Report of the Indian Hemp Drugs Commission, 1894-1895 - Volume VII
Year: 1894
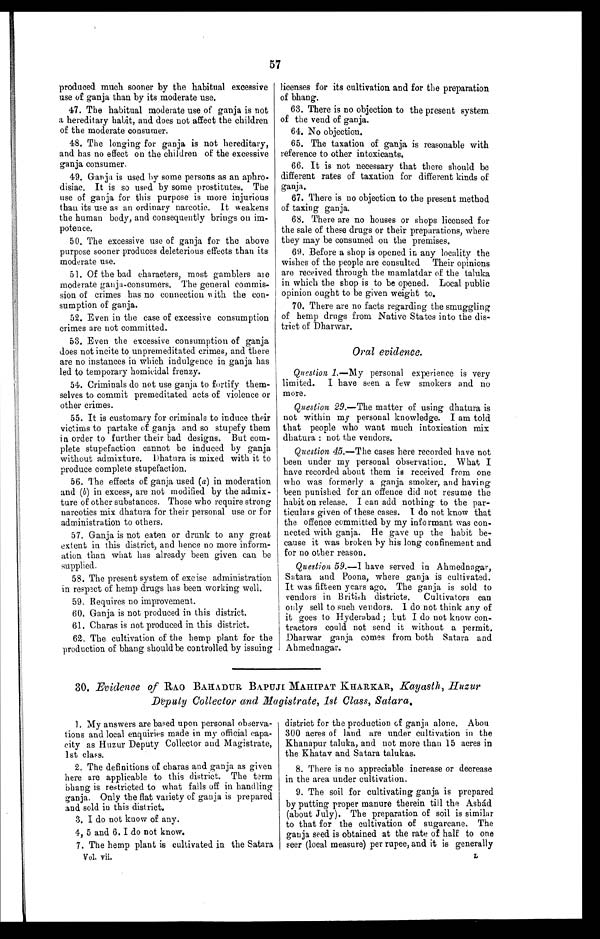
57
produced much sooner by the habitual excessive
use of ganja than by its moderate use.
47. The habitual moderate use of ganja is not
a hereditary habit, and does not affect the children
of the moderate consumer.
48. The longing for ganja is not hereditary,
and has no effect on the children of the excessive
ganja consumer.
49. Ganja is used by some persons as an aphro
-
disiac. It is so used by some prostitutes. The
use of ganja for this purpose is more injurious
than its use as an ordinary narcotic. It weakens
the human body, and consequently brings on im
-
potence.
50. The excessive use of ganja for the above
purpose sooner produces deleterious effects than its
moderate use.
51. Of the bad characters, most gamblers are
moderate ganja-consumers. The general commis
-
sion of crimes has no connection with the con
-
sumption of ganja.
52. Even in the case of excessive consumption
crimes are not committed.
53. Even the excessive consumption of ganja
does not incite to unpremeditated crimes, and there
are no instances in which indulgence in ganja has
led to temporary homicidal frenzy.
54. Criminals do not use ganja to fortify them
-
selves to commit premeditated acts of violence or
other crimes.
55. It is customary for criminals to induce their
victims to partake of ganja and so stupefy them
in order to further their bad designs. But com
-
plete stupefaction cannot be induced by ganja
without admixture. Dhatura is mixed with it to
produce complete stupefaction.
56. The effects of ganja used ( a ) in moderation
and ( b) in excess, are not modified by the admix
-
ture of other substances. Those who require strong
narcotics mix dhatura for their personal use or for
administration to others.
57. Ganja is not eaten or drunk to any great
extent in this district, and hence no more inform
-
ation than what has already been given can be
supplied.
58. The present system of excise administration
in respect of hemp drugs has been working well.
59. Requires no improvement.
60. Ganja is not produced in this district.
61. Charas is not produced in this district.
62. The cultivation of the hemp plant for the
production of bhang should be controlled by issuing
licenses for its cultivation and for the preparation
of bhang.
63. There is no objection to the present system
of the vend of ganja.
64. No objection.
65. The taxation of ganja is reasonable with
reference to other intoxicants.
66. It is not necessary that there should be
different rates of taxation for different kinds of
ganja.
67. There is no objection to the present method
of taxing ganja.
68. There are no houses or shops licensed for
the sale of these drugs or their preparations, where
they may be consumed on the premises.
69. Before a shop is opened in any locality the
wishes of the people are consulted Their opinions
are received through the mamlatdar of the taluka
in which the shop is to be opened. Local public
opinion ought to be given weight to.
70. There are no facts regarding the smuggling
of hemp drugs from Native States into the dis
-
trict of Dharwar.
Oral evidence.
Question 1.—My personal experience is very
limited. I have seen a few smokers and no
more.
Question 29.—The matter of using dhatura is
not within my personal knowledge. I am told
that people who want much intoxication mix
dhatura : not the vendors.
Question 45 .—The cases here recorded have not
been under my personal observation. What I
have recorded about them is received from one
who was formerly a ganja smoker, and having
been punished for an offence did not resume the
habit on release. I can add nothing to the par
-
ticulars given of these cases. I do not know that
the offence committed by my informant was con
-
nected with ganja. He gave up the habit be
-
cause it was broken by his long confinement and
for no other reason.
Question 59.—I have served in Ahmednagar,
Satara and Poona, where ganja is cultivated.
It was fifteen years ago. The ganja is sold to
vendors in British districts. Cultivators can
only sell to such vendors. I do not think any of
it goes to Hyderabad ; but I do not know con
-
tractors could not send it without a permit.
Dharwar ganja comes from both Satara and
Ahmednagar.
30. Evidence of RAO BAHADUR BAPUJI MAHIPAT KHARKAR, Kayasth, Huzur
Deputy Collector and Magistrate, 1st Class, Satara.
1. My answers are based upon personal observa
-
tions and local enquiries made in my official capa
-
city as Huzur Deputy Collector and Magistrate,
1st class.
2. The definitions of charas and ganja as given
here are applicable to this district. The term
bhang is restricted to what falls off in handling
ganja. Only the flat variety of ganja is prepared
and sold in this district.
3 . I d o n o t k n o w o f a n y .
4, 5 and 6. I do not know.
7. The hemp plant is cultivated in the Satara
Vol. vii.
district for the production of ganja alone. About
300 acres of land are under cultivation in the
Khanapur taluka, and not more than 15 acres in
the Khatav and Satara talukas.
8. There is no appreciable increase or decrease
in the area under cultivation.
9. The soil for cultivating ganja is prepared
by putting proper manure therein till the Ashád
(about July). The preparation of soil is similar
to that for the cultivation of sugarcane. The
ganja seed is obtained at the rate of half to one
seer (local measure) per rupee, and it is generally